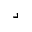
\lrcorner